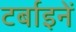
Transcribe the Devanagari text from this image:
टर्बाइनें